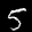
Label: 5